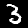
Digit: 3